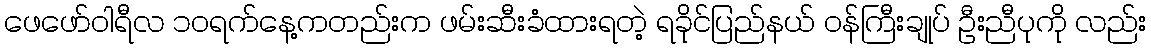
ဖေဖော်ဝါရီလ ၁၀ရက်နေ့ကတည်းက ဖမ်းဆီးခံထားရတဲ့ ရခိုင်ပြည်နယ် ဝန်ကြီးချုပ် ဦးညီပုကို လည်း